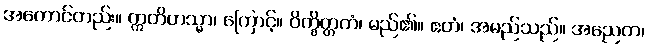
အကောင်တည်း။ ဣတိတသ္မာ၊ ကြောင့်။ ဝိက္ခိတ္တကံ၊ မည်၏။ ဧတံ၊ အမည်သည်။ အညေတ၊